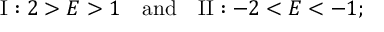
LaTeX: \mathrm { I } : 2 > E > 1 \quad \mathrm { a n d } \quad \mathrm { I I } : - 2 < E < - 1 ;